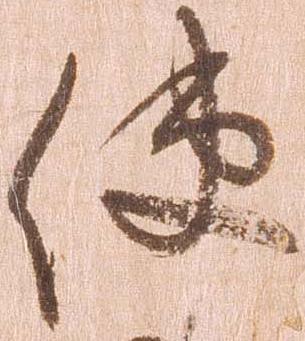
使